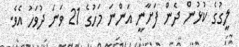
ލީގުގެ ކުޅުން ދެން ފަށާނީ އަންނަ މަހުގެ 21 ވަނަ ދުވަހު އެވެ.